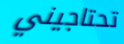
تحتاجيني